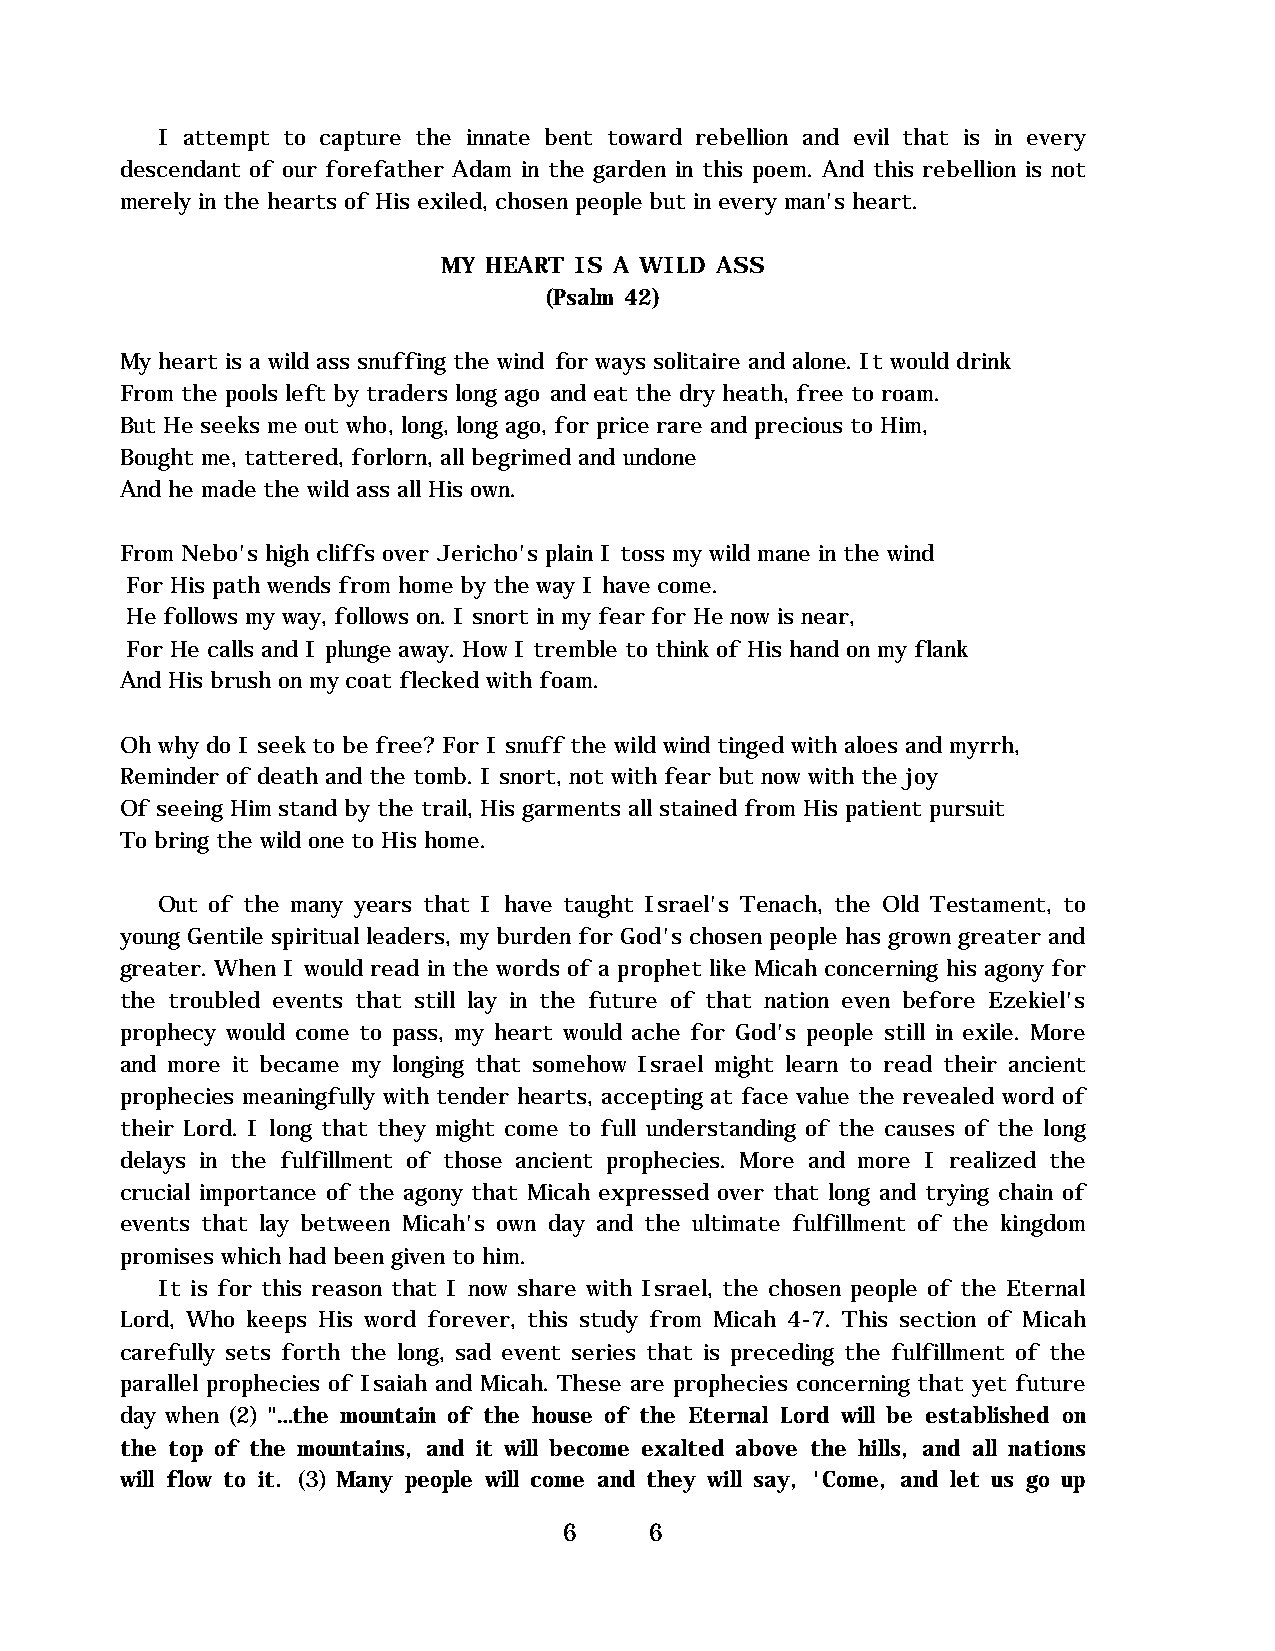
I attempt to capture the innate bent toward rebellion and evil that is in every
 descendant of our forefather Adam in the garden in this poem. And this rebellion is not
 merely in the hearts of His exiled, chosen people but in every man's heart.
 MY HEART IS A WILD ASS
 (Psalm 42)
 My heart is a wild ass snuffing the wind for ways solitaire and alone. It would drink
 From the pools left by traders long ago and eat the dry heath, free to roam.
 But He seeks me out who, long, long ago, for price rare and precious to Him,
 Bought me, tattered, forlorn, all begrimed and undone
 And he made the wild ass all His own.
 From Nebo's high cliffs over Jericho's plain I toss my wild mane in the wind
 For His path wends from home by the way I have come.
 He follows my way, follows on. I snort in my fear for He now is near,
 For He calls and I plunge away. How I tremble to think of His hand on my flank
 And His brush on my coat flecked with foam.
 Oh why do I seek to be free? For I snuff the wild wind tinged with aloes and myrrh,
 Reminder of death and the tomb. I snort, not with fear but now with the joy
 Of seeing Him stand by the trail, His garments all stained from His patient pursuit
 To bring the wild one to His home.
 Out of the many years that I have taught Israel's Tenach, the Old Testament, to
 young Gentile spiritual leaders, my burden for God's chosen people has grown greater and
 greater. When I would read in the words of a prophet like Micah concerning his agony for
 the troubled events that still lay in the future of that nation even before Ezekiel's
 prophecy would come to pass, my heart would ache for God's people still in exile. More
 and more it became my longing that somehow Israel might learn to read their ancient
 prophecies meaningfully with tender hearts, accepting at face value the revealed word of
 their Lord. I long that they might come to full understanding of the causes of the long
 delays in the fulfillment of those ancient prophecies. More and more I realized the
 crucial importance of the agony that Micah expressed over that long and trying chain of
 events that lay between Micah's own day and the ultimate fulfillment of the kingdom
 promises which had been given to him.
 It is for this reason that I now share with Israel, the chosen people of the Eternal
 Lord, Who keeps His word forever, this study from Micah 4-7. This section of Micah
 carefully sets forth the long, sad event series that is preceding the fulfillment of the
 parallel prophecies of Isaiah and Micah. These are prophecies concerning that yet future
 day when (2) "…the mountain of the house of the Eternal Lord will be established on
 the top of the mountains, and it will become exalted above the hills, and all nations
 will flow to it. (3) Many people will come and they will say, 'Come, and let us go up
 6     6